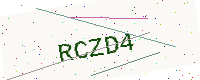
Text: RCZD4